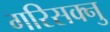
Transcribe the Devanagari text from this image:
गरिसक्नु